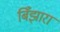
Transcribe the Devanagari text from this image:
बिँझारा